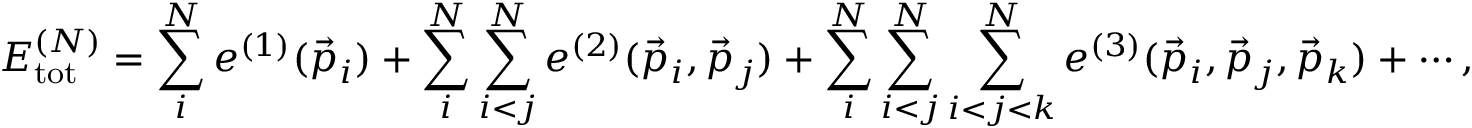
E _ { \mathrm { t o t } } ^ { ( N ) } = \sum _ { i } ^ { N } e ^ { ( 1 ) } ( \vec { p } _ { i } ) + \sum _ { i } ^ { N } \sum _ { i < j } ^ { N } e ^ { ( 2 ) } ( \vec { p } _ { i } , \vec { p } _ { j } ) + \sum _ { i } ^ { N } \sum _ { i < j } ^ { N } \sum _ { i < j < k } ^ { N } e ^ { ( 3 ) } ( \vec { p } _ { i } , \vec { p } _ { j } , \vec { p } _ { k } ) + \cdots ,